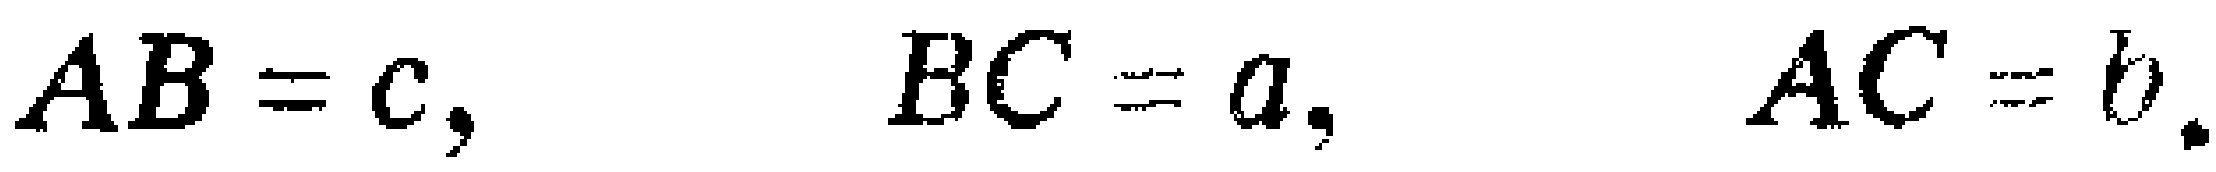
$AB = c,\quad BC = a,\quad AC = b.$